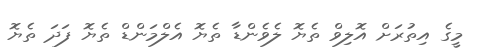
މީގެ އިތުރަށް އޮލިވް ތެޔޮ ލެވެންޑާ ތެޔޮ އެލްމަންޑް ތެޔޮ ފަދަ ތެޔޮ